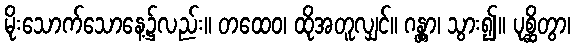
မိုးသောက်သောနေ့၌လည်း။ တထေဝ၊ ထိုအတူလျှင်။ ဂန္တွာ၊ သွား၍။ ပုစ္ဆိတွာ၊